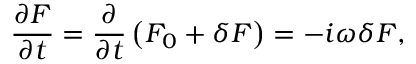
\frac { \partial F } { \partial t } = \frac { \partial } { \partial t } \left( F _ { 0 } + \delta F \right) = - i \omega \delta F ,